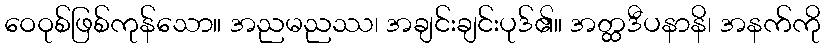
ဝေဝုစ်ဖြစ်ကုန်သော။ အညမညဿ၊ အချင်းချင်းပုဒ်၏။ အတ္ထဒီပနာနိ၊ အနက်ကို